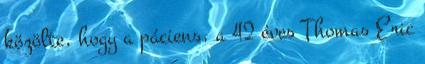
közölte, hogy a páciens, a 42 éves Thomas Eric